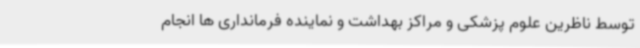
توسط ناظرین علوم پزشکی و مراکز بهداشت و نماینده فرمانداری ها انجام